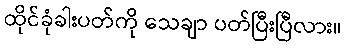
ထိုင်ခုံခါးပတ်ကို သေချာ ပတ်ပြီးပြီလား။